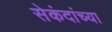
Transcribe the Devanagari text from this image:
सेकंदांच्या